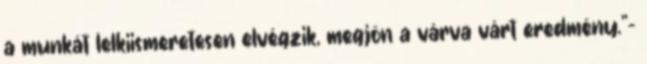
a munkát lelkiismeretesen elvégzik, megjön a várva várt eredmény.”-